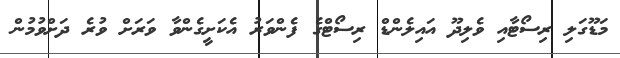
މަޑޫގަލި ރިސޯޓާއި ވެލިދޫ އައިލެންޑް ރިސޯޓްގެ ފެންވަރު އެކަށީގެންވާ ވަރަށް ވުރެ ދަށްވުމުން